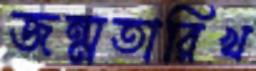
জন্মতারিখ